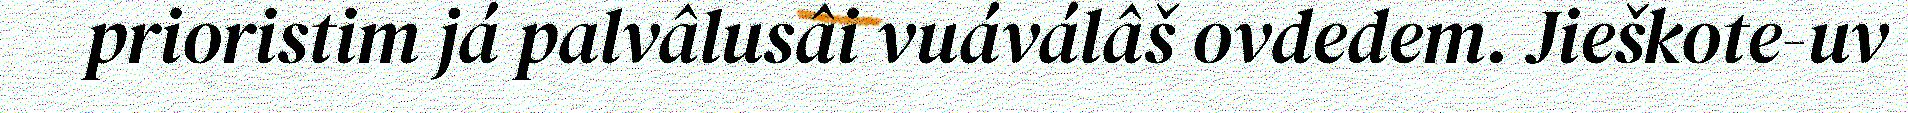
prioristim já palvâlusâi vuáválâš ovdedem. Jieškote-uv